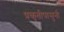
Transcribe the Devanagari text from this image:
प्रकृतीपासुनी